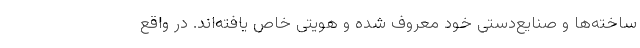
ساخته‌ها و صنایع‌دستی خود معروف شده و هویتی خاص یافته‌اند. در واقع